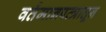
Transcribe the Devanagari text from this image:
वर्तमानपत्त्रातून